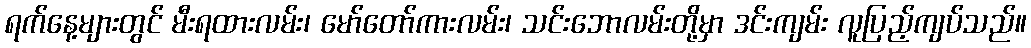
ရက်နေ့များတွင် မီးရထားလမ်း၊ မော်တော်ကားလမ်း၊ သင်းဘောလမ်းတို့မှာ ဒင်းကျမ်း လူပြည့်ကျပ်သည်။